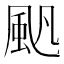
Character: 𩖛